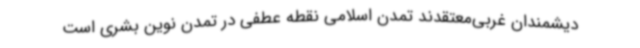
دیشمندان غربی‌معتقدند تمدن اسلامی نقطه عطفی در تمدن نوین بشری است